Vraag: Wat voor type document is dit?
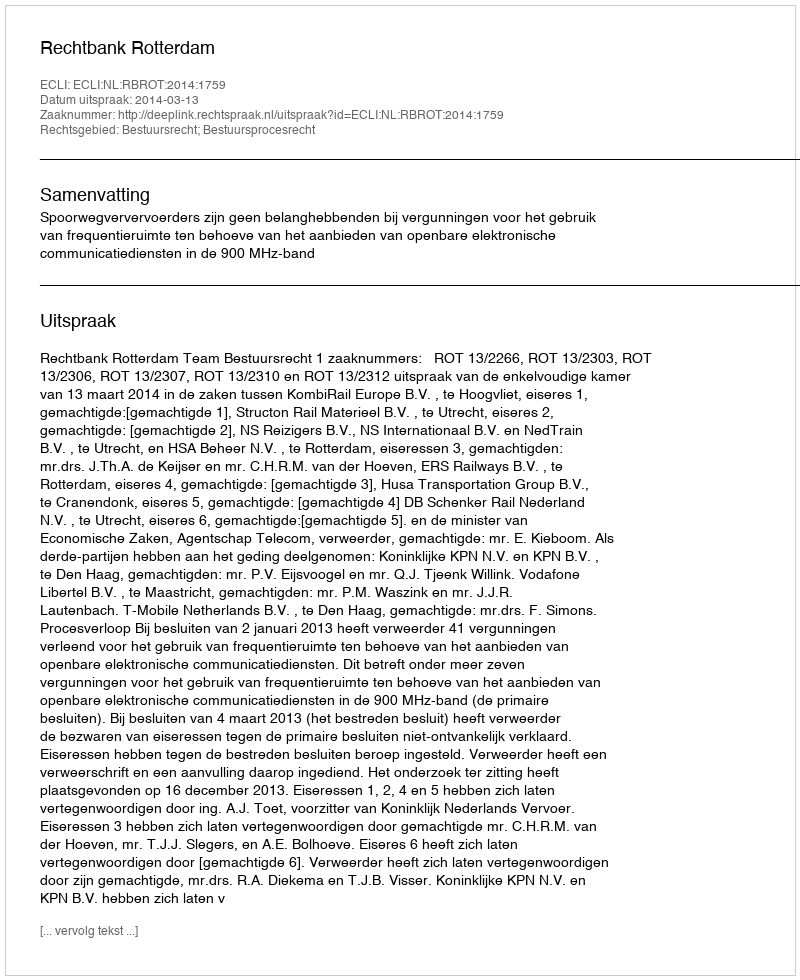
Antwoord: Uitspraak